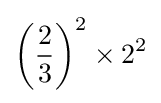
\left({\frac {2}{3}}\right)^{2}\times 2^{2}